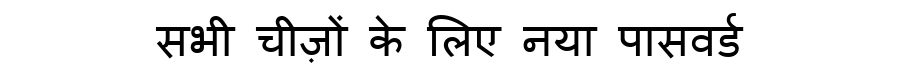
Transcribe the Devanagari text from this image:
सभी चीज़ों के लिए नया पासवर्ड